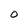
Character: O